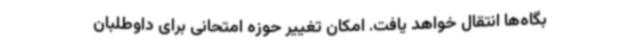
بگاه‌ها انتقال خواهد یافت. امکان تغییر حوزه امتحانی برای داوطلبان